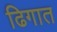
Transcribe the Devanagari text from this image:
ढिगात